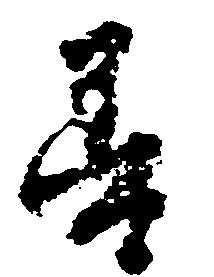
善